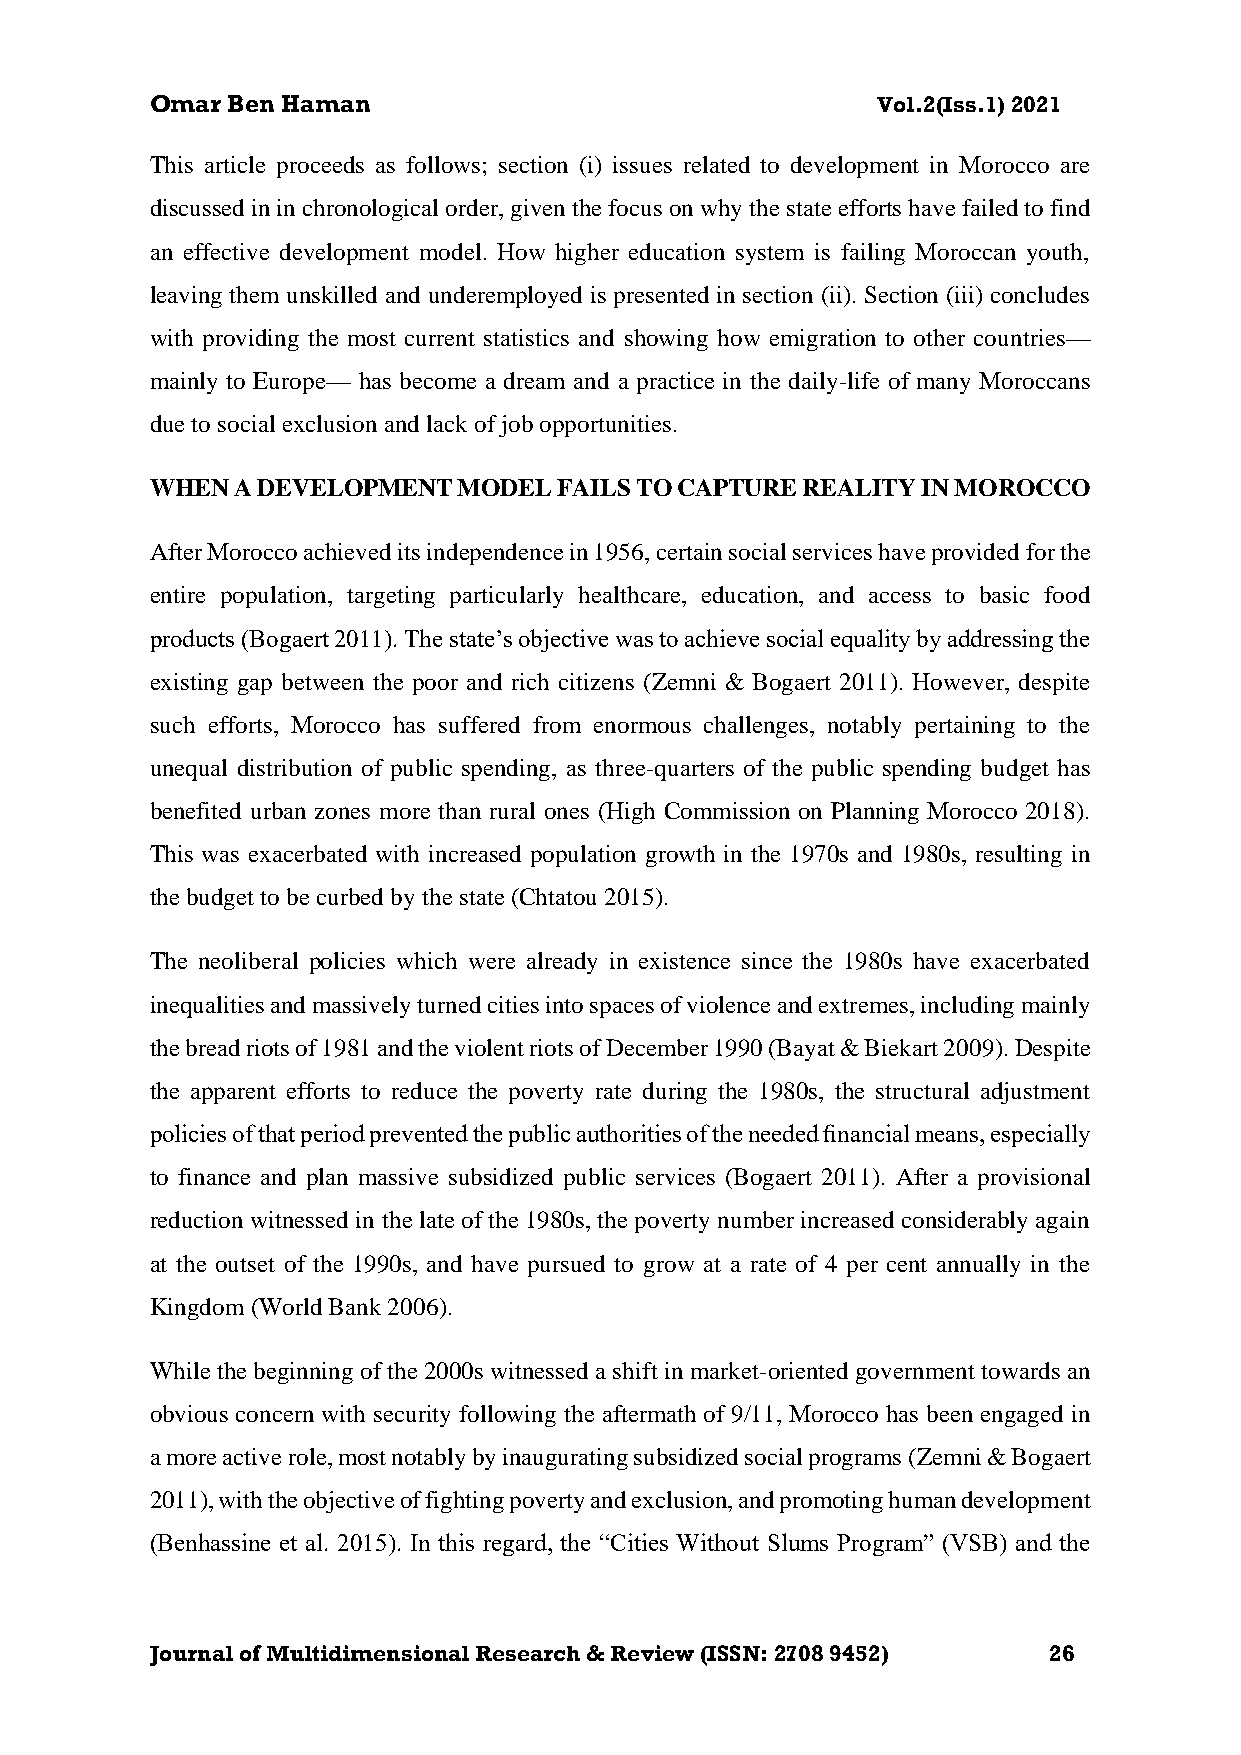
Omar Ben Haman                                  Vol.2(Iss.1) 2021
 This article proceeds as follows; section (i) issues related to development in Morocco are
 discussed in in chronological order, given the focus on why the state efforts have failed to find
 an effective development model. How higher education system is failing Moroccan youth,
 leaving them unskilled and underemployed is presented in section (ii). Section (iii) concludes
 with providing the most current statistics and showing how emigration to other countries—
 mainly to Europe— has become a dream and a practice in the daily-life of many Moroccans
 due to social exclusion and lack of job opportunities.
 WHEN  A DEVELOPMENT MODEL  FAILS TO CAPTURE REALITY IN MOROCCO
 After Morocco achieved its independence in 1956, certain social services have provided for the
 entire population, targeting particularly healthcare, education, and access to basic food
 products (Bogaert 2011). The state’s objective was to achieve social equality by addressing the
 existing gap between the poor and rich citizens (Zemni & Bogaert 2011). However, despite
 such efforts, Morocco has suffered from enormous challenges, notably pertaining to the
 unequal distribution of public spending, as three-quarters of the public spending budget has
 benefited urban zones more than rural ones (High Commission on Planning Morocco 2018).
 This was exacerbated with increased population growth in the 1970s and 1980s, resulting in
 the budget to be curbed by the state (Chtatou 2015).
 The neoliberal policies which were already in existence since the 1980s have exacerbated
 inequalities and massively turned cities into spaces of violence and extremes, including mainly
 the bread riots of 1981 and the violent riots of December 1990 (Bayat & Biekart 2009). Despite
 the apparent efforts to reduce the poverty rate during the 1980s, the structural adjustment
 policies of that period prevented the public authorities of the needed financial means, especially
 to finance and plan massive subsidized public services (Bogaert 2011). After a provisional
 reduction witnessed in the late of the 1980s, the poverty number increased considerably again
 at the outset of the 1990s, and have pursued to grow at a rate of 4 per cent annually in the
 Kingdom (World Bank 2006).
 While the beginning of the 2000s witnessed a shift in market-oriented government towards an
 obvious concern with security following the aftermath of 9/11, Morocco has been engaged in
 a more active role, most notably by inaugurating subsidized social programs (Zemni & Bogaert
 2011), with the objective of fighting poverty and exclusion, and promoting human development
 (Benhassine et al. 2015). In this regard, the “Cities Without Slums Program” (VSB) and the
 Journal of Multidimensional Research & Review (ISSN: 2708 9452) 26